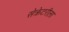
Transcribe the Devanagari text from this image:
सेक्रेटरीला